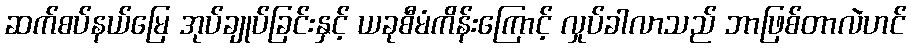
ဆက်စပ်နယ်မြေ အုပ်ချုပ်ခြင်းနှင့် ယခုစီမံကိန်းကြောင့် လှုပ်ခါလာသည် ဘာဖြစ်တာလဲဟင်